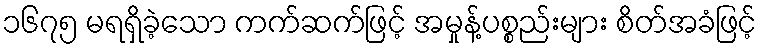
၁၆၇၅ မရရှိခဲ့သော ကက်ဆက်ဖြင့် အမှုန့်ပစ္စည်းများ စိတ်အခံဖြင့်